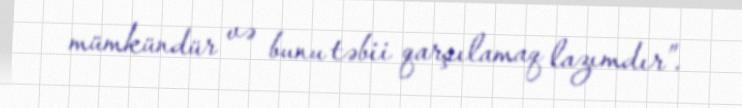
mümkündür və bunu təbii qarşılamaq lazımdır”.